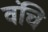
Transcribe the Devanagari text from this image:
वंचि